Eesti_Rahvusfond, lk 20
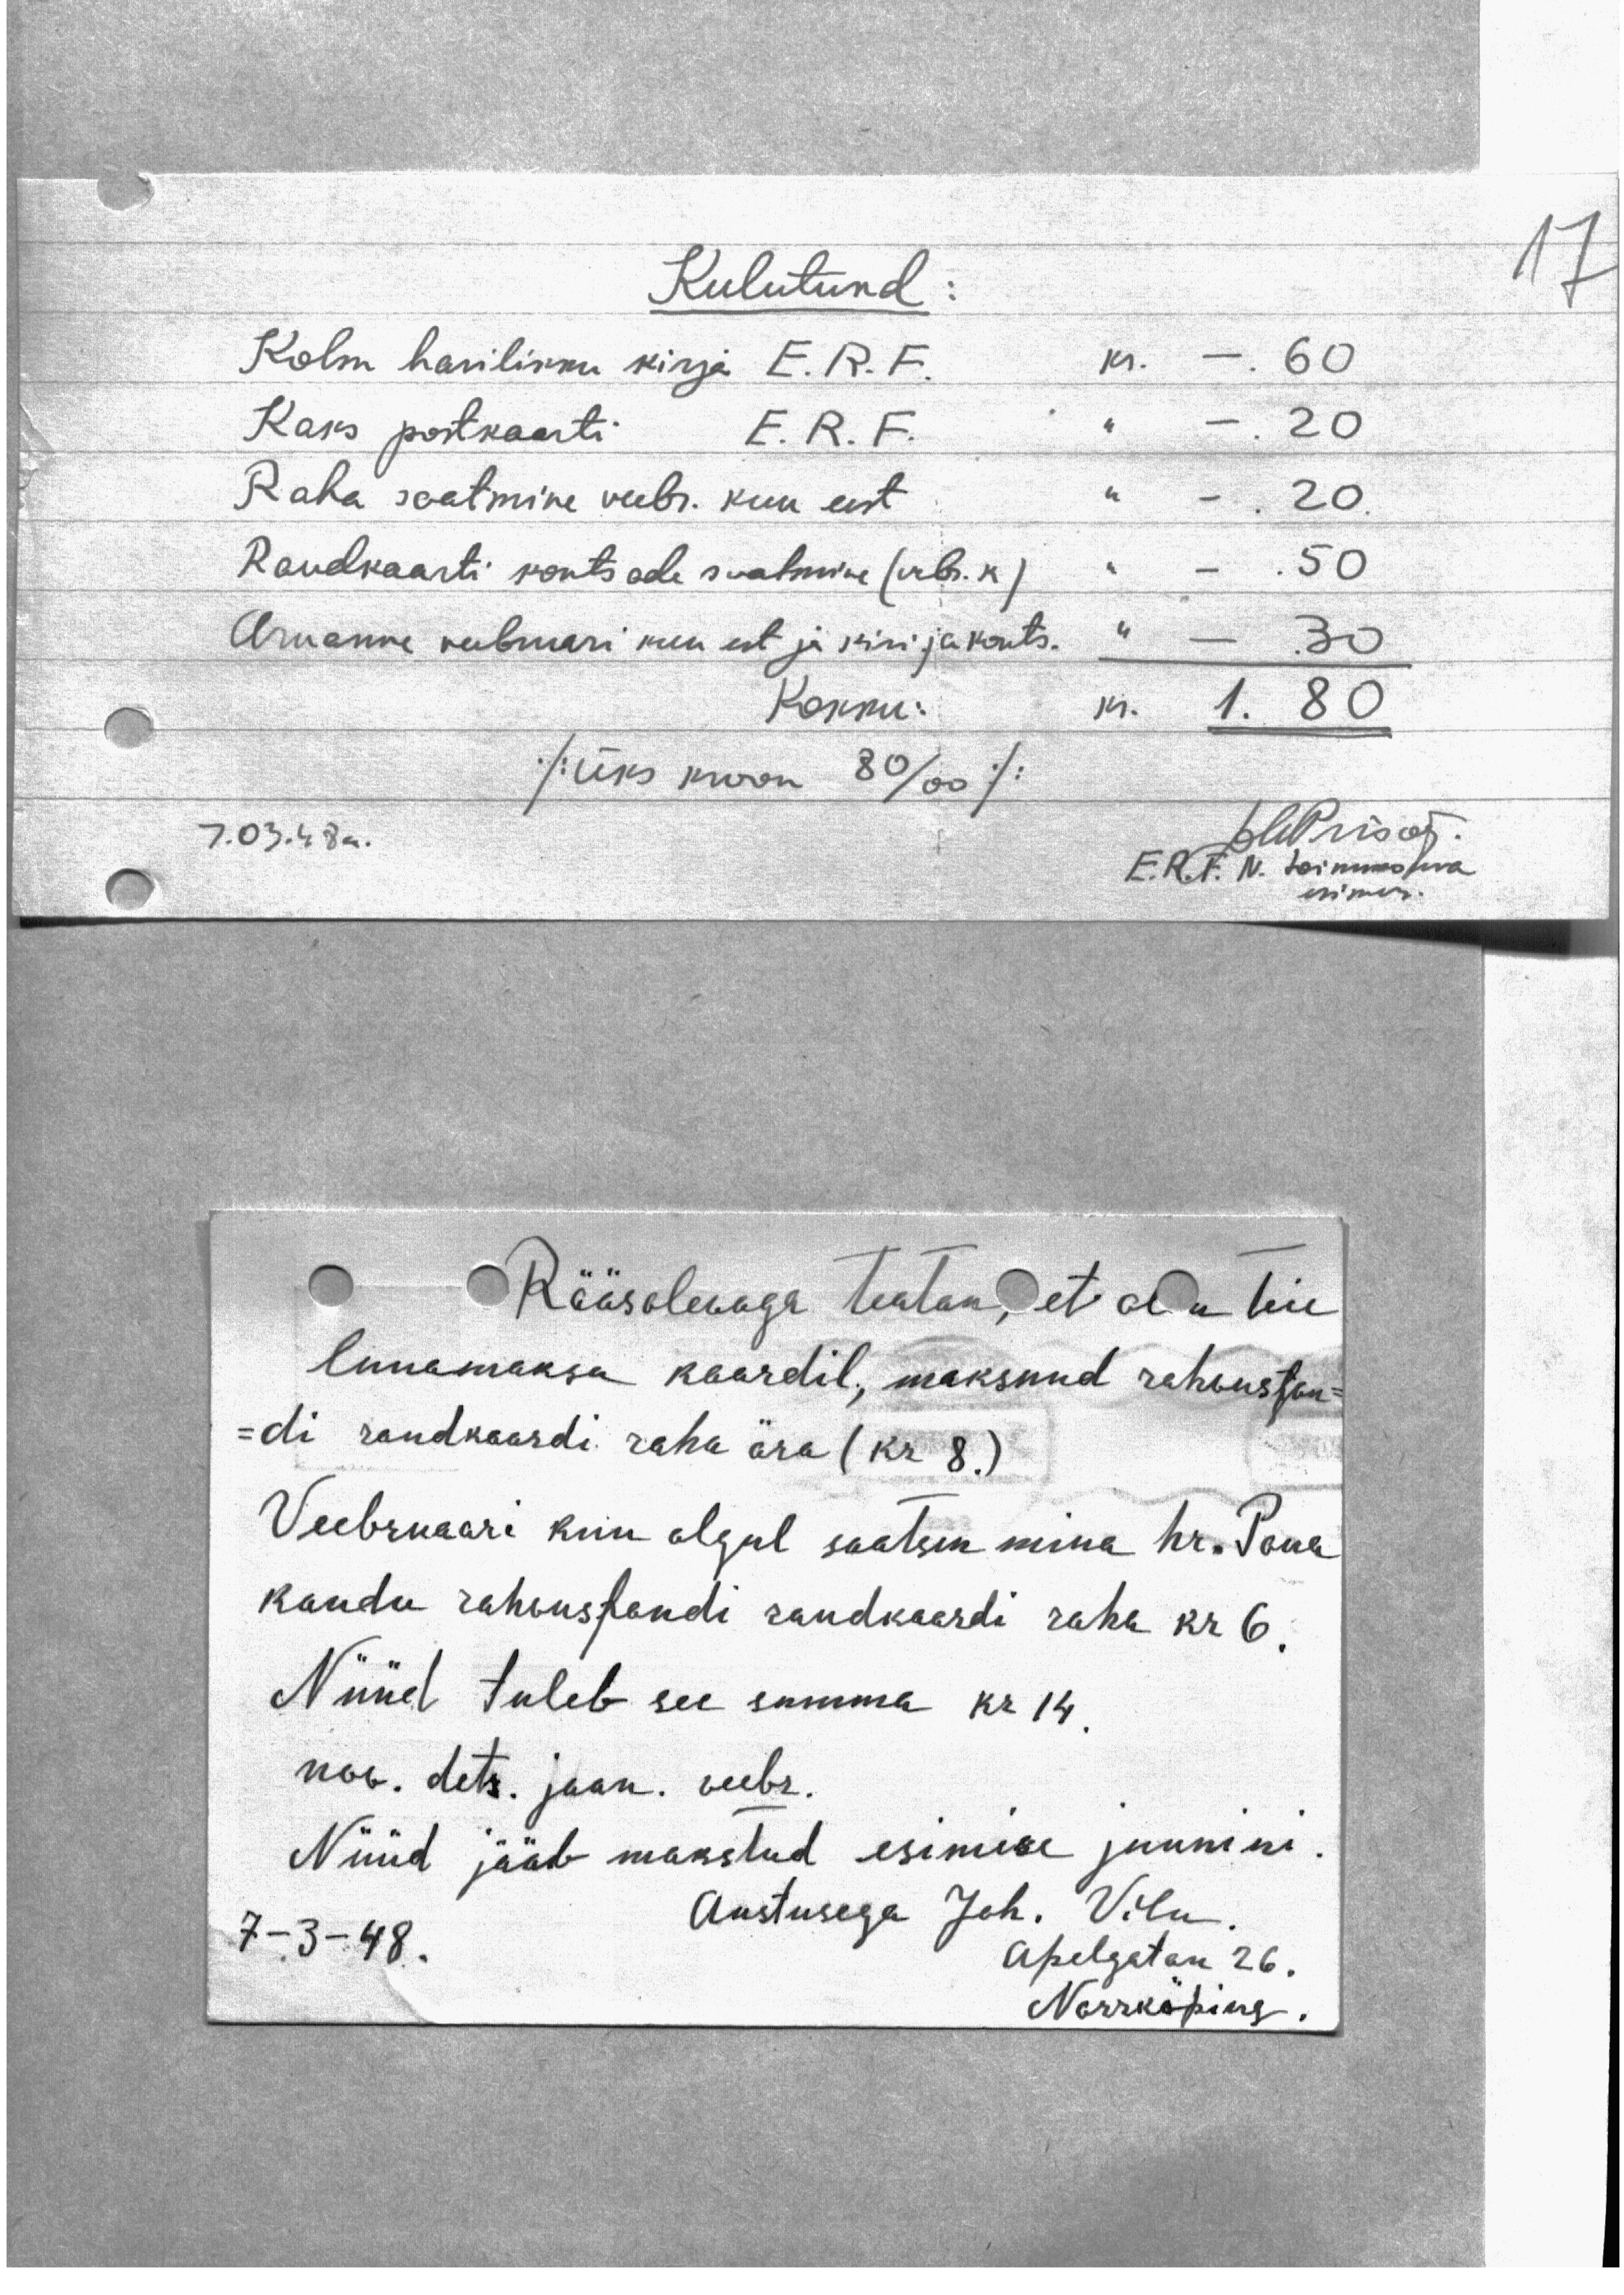
Kulutund
Kolm harilikku kirja E.R.F. m. - 60
Kaks postkaarti E. R. F. 20
Raha saatmine veebr. kuu eest 20
Raudkaarti kontsade saatmine (rbl. k) 50
Aruanne veebruari kuu eest ja kiri ja konts. 30
Kokku 1. 80
/üks kroon 80/00/
7.03.48a.
E.R.F. N. toimkonna
esimees
Kääsolevaga teatan, et olen teie
luuamaksu kaardil, maksnud rahvusfon-
-di raudkaardi raha ära (kr 8.)
Veebruaari kuu algul saatsin mina hr. Pauk
kaudu rahvusfondi raudkaardi raha kr 6.
Nüüd tuleb see summa kr 14
nov. dets. jaan. veebr.
Nüüd jääb makstud esimese juunini.
7-3-48.
Austusega Joh. Vilu
Apelgatan 26.
Norrköping